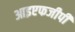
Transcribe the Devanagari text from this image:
आइएफजीपी